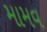
મામવ